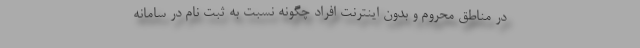
در مناطق محروم و بدون اینترنت افراد چگونه نسبت به ثبت نام در سامانه